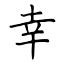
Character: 幸